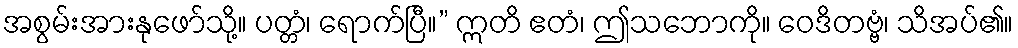
အစွမ်းအားနုဖော်သို့။ ပတ္တံ၊ ရောက်ပြီ။” ဣတိ ဧတံ၊ ဤသဘောကို။ ဝေဒိတဗ္ဗံ၊ သိအပ်၏။